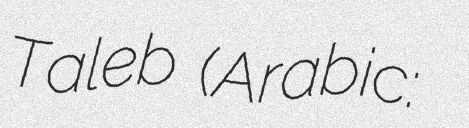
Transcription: Taleb (Arabic: صوفي أبو